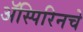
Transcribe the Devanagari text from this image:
ॲस्पिरिनचे